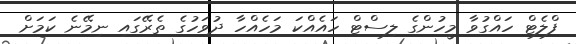
ފްލެޓް ހައްގުވާ މީހުންގެ ލިސްޓް ހައެއްކަ މަހެއްހާ ދުވަހުގެ ތެރޭގައި ނިމޭނެ ކަމަށް